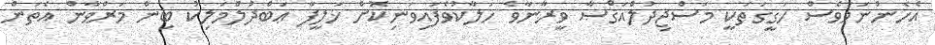
އެހެންނަމަވެސް ހަގީގަތަކީ މަސްޖިދުލްއަޤްޞާ ވީރާނާވެ ހަލާކުވެފައިވަނިކޮށް ޚަލީފާ ޢަބްދުލްމަލިކު ބިން މަރްވާން އެތަން